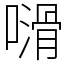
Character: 𠿭